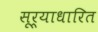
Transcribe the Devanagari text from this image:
सूर्याधारित